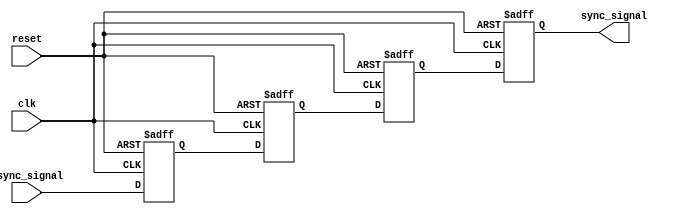
module triple_ff_synchronizer (
    input wire async_signal,  // Asynchronous input signal
    input wire clk,           // Clock signal from the receiving clock domain
    input wire reset,         // Optional reset signal
    output reg sync_signal     // Synchronized output signal
);

    // Internal flip-flop signals
    reg ff1, ff2, ff3;

    // Always block for flip-flop behavior
    always @(posedge clk or posedge reset) begin
        if (reset) begin
            // Initialize flip-flops to a known state on reset
            ff1 <= 1'b0;
            ff2 <= 1'b0;
            ff3 <= 1'b0;
            sync_signal <= 1'b0;
        end else begin
            // Triple flip-flop synchronization
            ff1 <= async_signal;  // Sample async_signal
            ff2 <= ff1;           // Pass through FF1 output
            ff3 <= ff2;           // Pass through FF2 output
            sync_signal <= ff3;   // Final synchronized output
        end
    end

endmodule